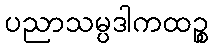
ပညာသမ္ပဒါကထဉ္စ